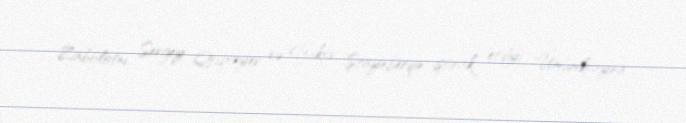
Zabolotnı, Sergey Qriqoryev və Yakov Ştaynberqin iştirak etdiyi Ümumkrayna